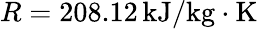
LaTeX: R=208.12\, \mathrm{kJ}/\mathrm{kg}\cdot\mathrm{K}